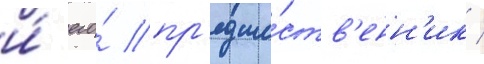
и́ его́ пр'едше́ств'енн'ик /